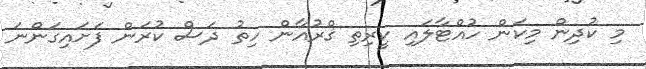
މި ކުދިން މިކަން ހުއްޓާލައި ކީރިތި ޤްރުއާން ހިތު ދަސް ކުރަން ފަށައިގަންނަ